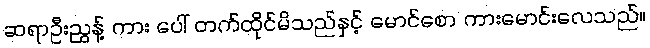
ဆရာဦးညွန့် ကား ပေါ် တက်ထိုင်မိသည်နှင့် မောင်စော ကားမောင်းလေသည်။